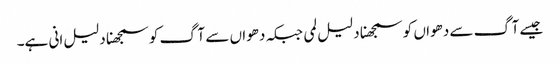
جیسے آگ سے دھواں کو سمجھنا دلیل لمی جبکہ دھواں سے آگ کو سمجھنا دلیل انی ہے۔